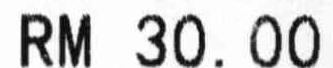
RM 30.00